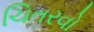
ચિતરવો